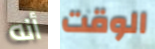
أنه الوقت